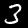
Label: 3